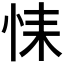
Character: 𢙩